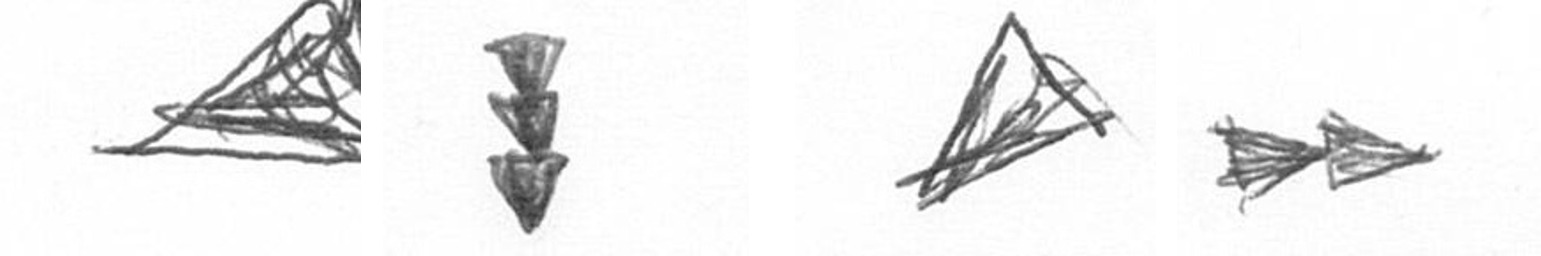
O E O A